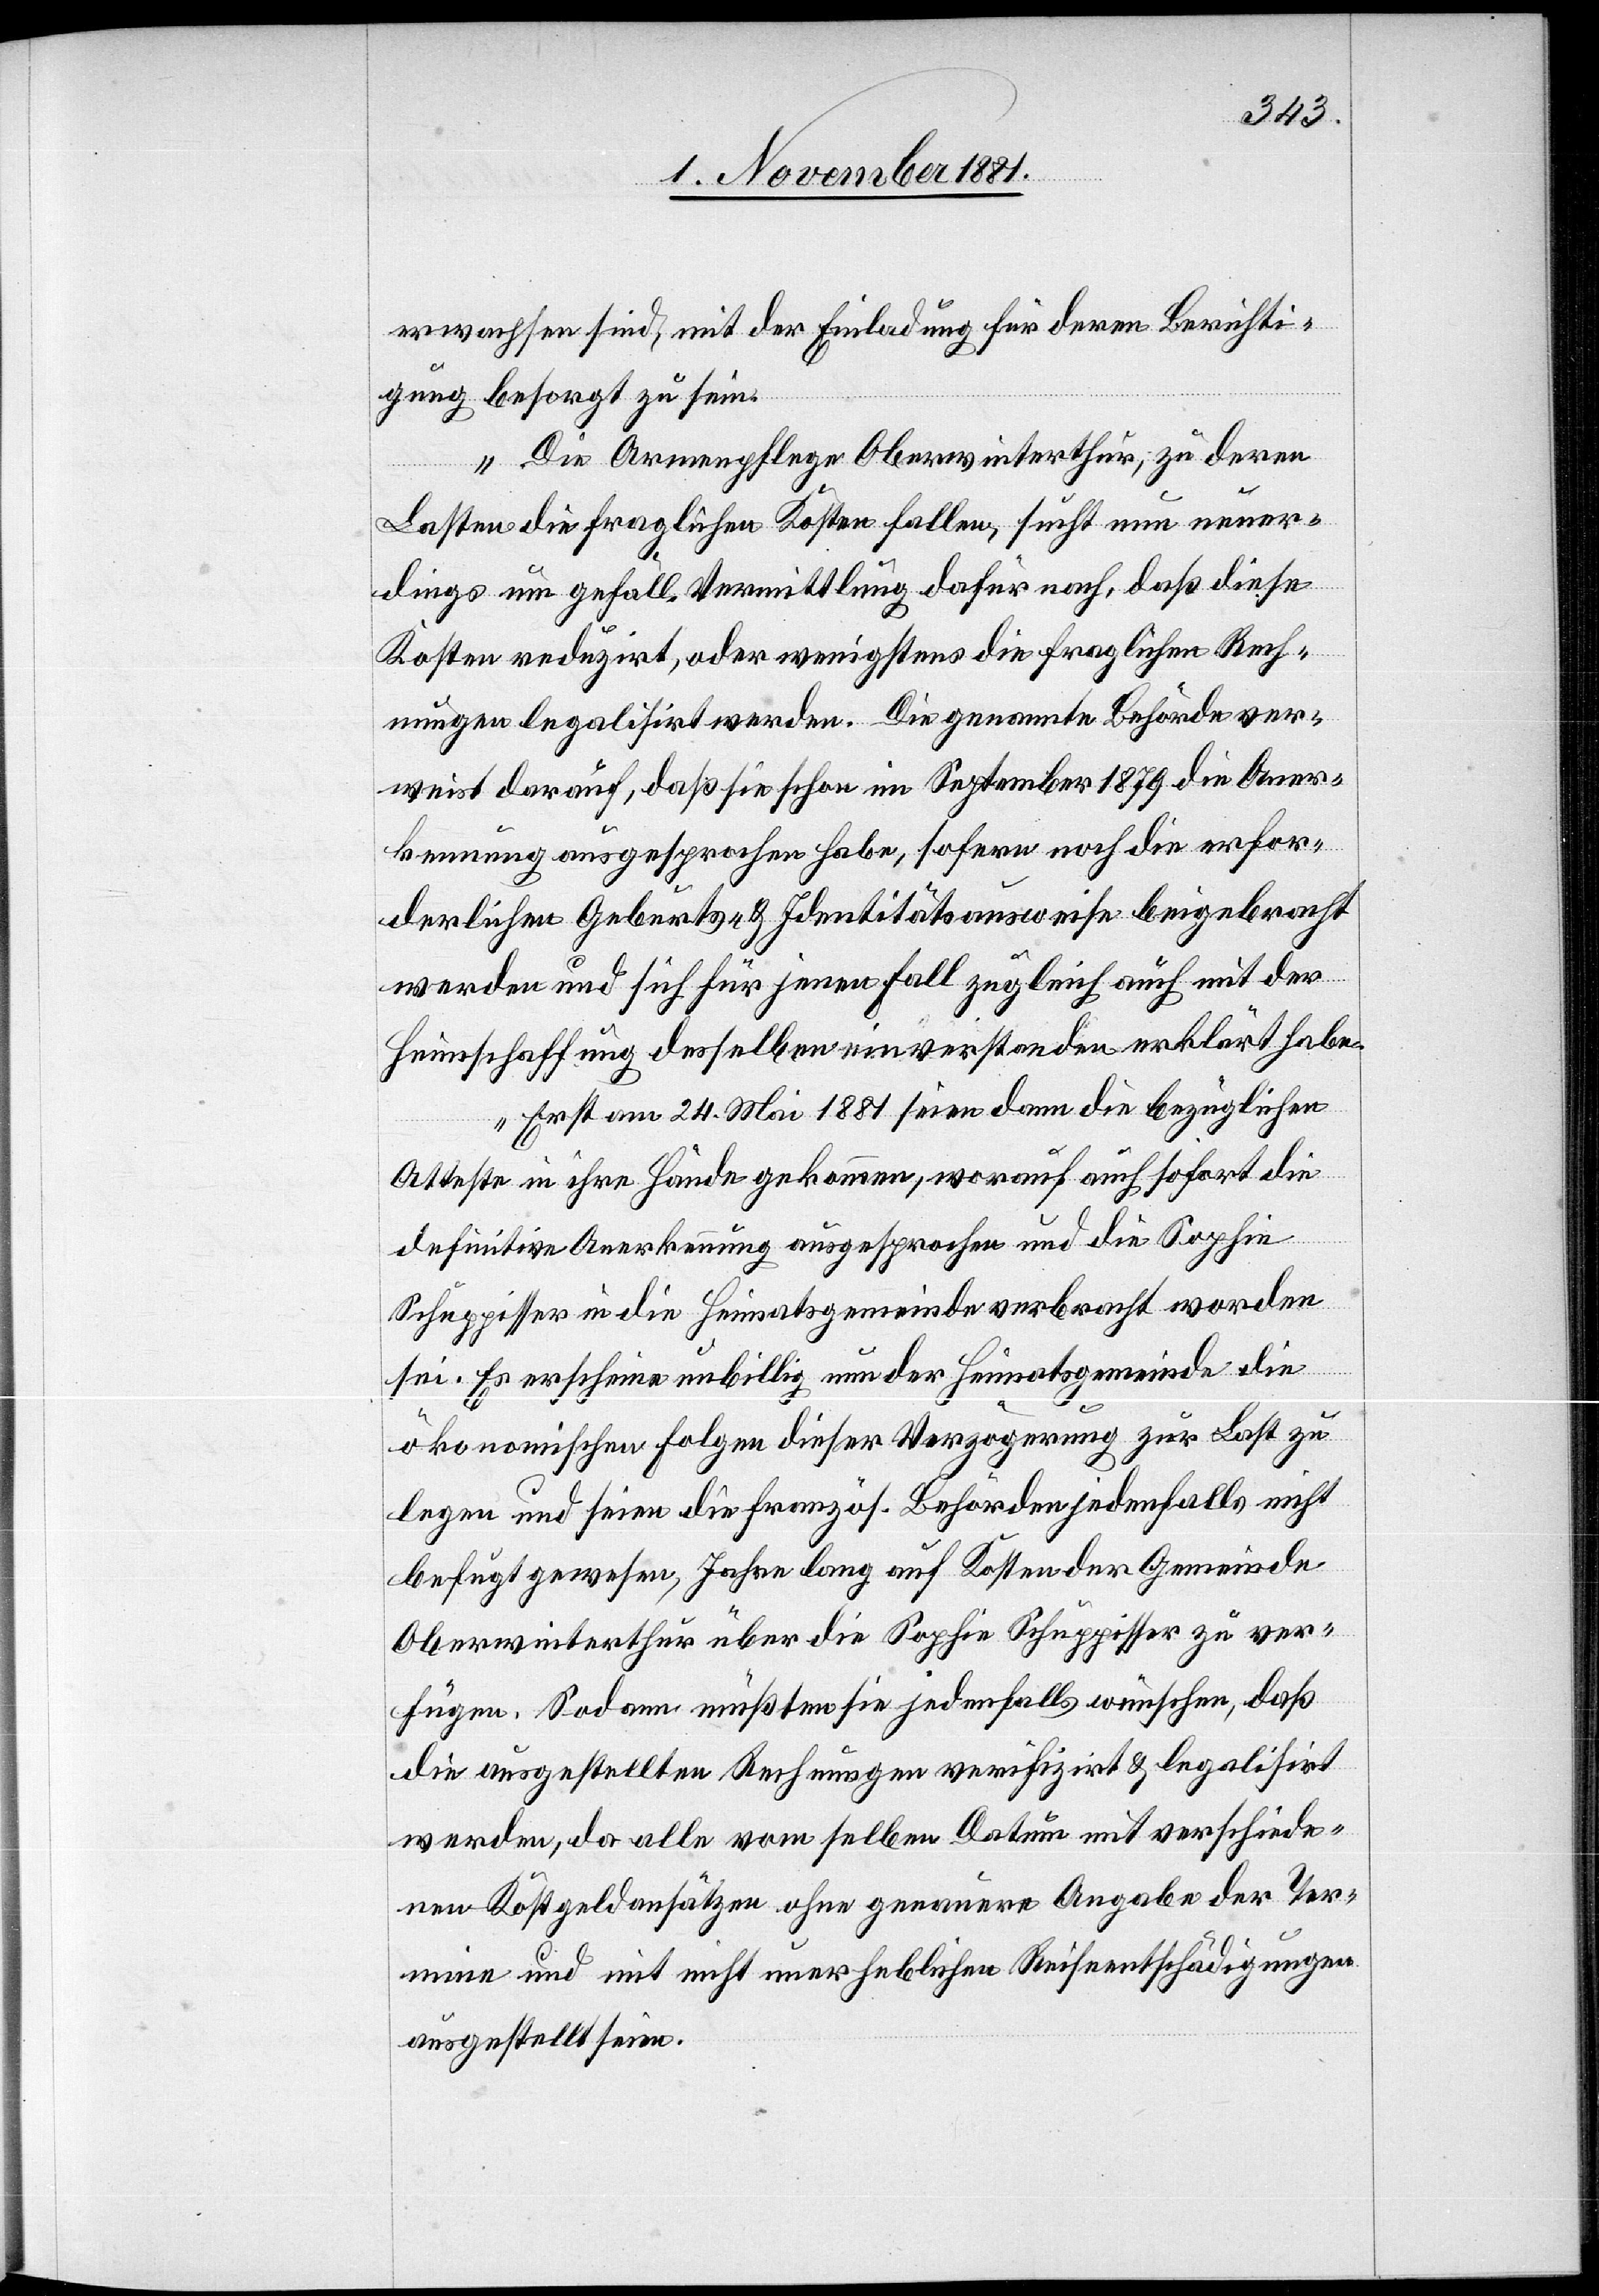
erwachsen sind, mit der Einladung für deren Berichti¬
gung besorgt zu sein.
Die Armenpflege Oberwinterthur, zu deren
Lasten die fraglichen Kosten fallen, sucht nun neuer¬
dings um gefäll. Vermittlung dafür nach, daß diese
Kosten reduzirt, oder wenigstens die fraglichen Rech¬
nungen legalisirt werden. Die genannte Behörde ver¬
weist darauf, daß sie schon im September 1879 die Aner¬
kennung ausgesprochen habe, sofern noch die erfor¬
derlichen Geburts- & Identitätsausweise beigebracht
werden und sich für jenen Fall zugleich auch mit der
Heimschaffung desselben einverstanden erklärt habe.
Erst am 24. Mai 1881 seien dann die bezüglichen
Atteste in ihre Hände gekommen, worauf auch sofort die
definitive Anerkennung ausgesprochen und die Sophie
Schuppisser in die Heimatsgemeinde verbracht worden
sei. Es erscheine unbillig nun der Heimatsgemeinde die
ökonomischen Folgen dieser Verzögerung zur Last zu
legen und seien die französ. Behörden jedenfalls nicht
befugt gewesen, Jahre lang auf Kosten der Gemeinde
Oberwinterthur über die Sophie Schuppisser zu ver¬
fügen. Sodann müßten sie jedenfalls wünschen, daß
die ausgestellten Rechnungen verifizirt & legalisirt
werden, da alle vom selben Datum mit verschiede¬
nen Kostgeldansätzen ohne genauere Angabe der Ter¬
mine und mit nicht unerheblichen Reiseentschädigungen
ausgestellt seien.